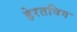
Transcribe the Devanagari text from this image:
हेरतविग